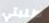
طلبتي